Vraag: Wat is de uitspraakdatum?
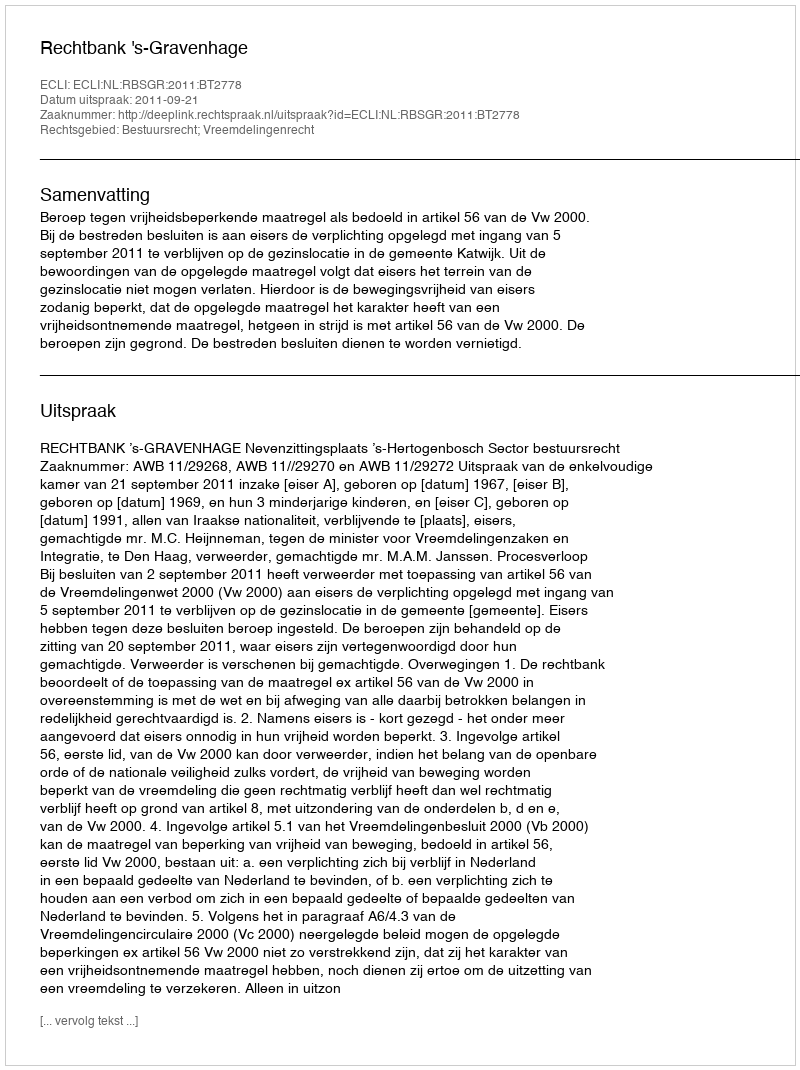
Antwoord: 2011-09-21